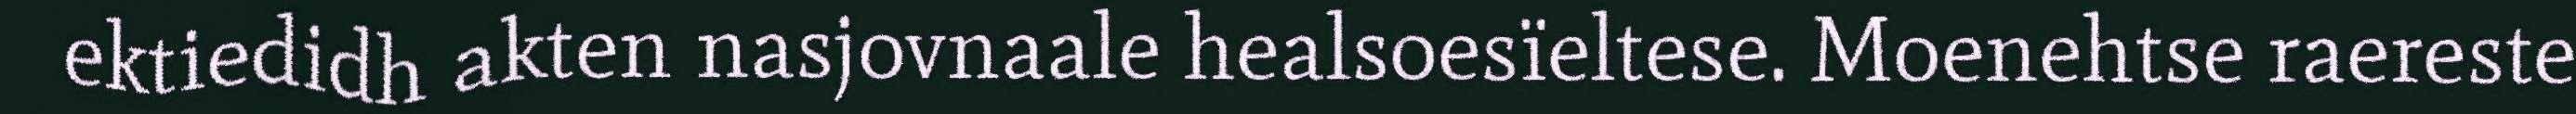
ektiedidh akten nasjovnaale healsoesïeltese. Moenehtse raereste